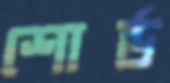
শোর্ড